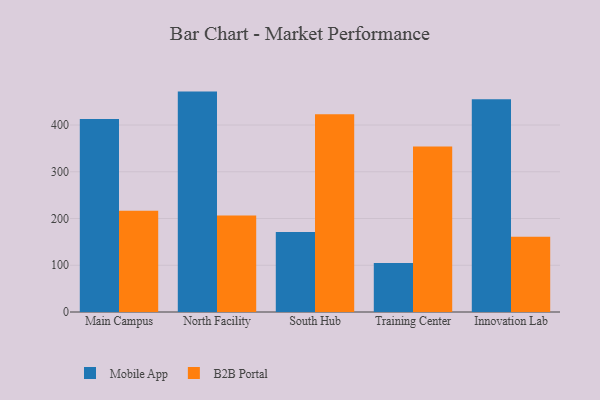
{"axis": {"x": "Campus", "y": "Humidity (%)"}, "legend": ["B2B Portal", "Mobile App"], "data": [{"x": "Main Campus", "y": 412.7, "type": "Mobile App"}, {"x": "Main Campus", "y": 216.7, "type": "B2B Portal"}, {"x": "North Facility", "y": 471.5, "type": "Mobile App"}, {"x": "North Facility", "y": 206.3, "type": "B2B Portal"}, {"x": "South Hub", "y": 171.0, "type": "Mobile App"}, {"x": "South Hub", "y": 423.3, "type": "B2B Portal"}, {"x": "Training Center", "y": 105.0, "type": "Mobile App"}, {"x": "Training Center", "y": 353.9, "type": "B2B Portal"}, {"x": "Innovation Lab", "y": 454.9, "type": "Mobile App"}, {"x": "Innovation Lab", "y": 161.2, "type": "B2B Portal"}]}